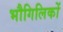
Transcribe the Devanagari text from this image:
भौगिलिकों